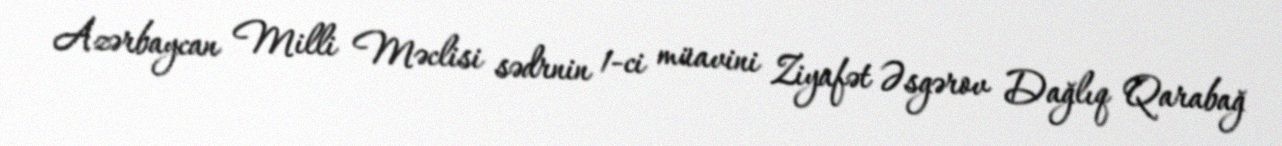
Azərbaycan Milli Məclisi sədrnin 1-ci müavini Ziyafət Əsgərov Dağlıq Qarabağ